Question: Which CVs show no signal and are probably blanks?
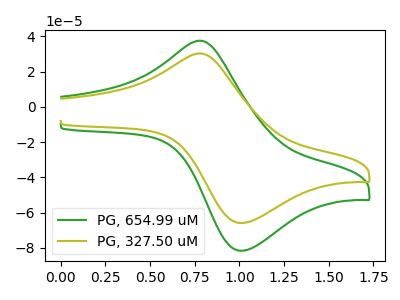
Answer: <think>The green curve "PG, 654.99 uM" has an anodic peak at (0.75V, 37.60uA) and a cathodic peak at (1.00V, -81.65uA). The olive curve "PG, 327.50 uM" has an anodic peak at (0.75V, 30.35uA) and a cathodic peak at (1.00V, -65.95uA).</think>
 <answer>There are not any CV's on this graph that are likely to be blanks.</answer>
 <eval>none</eval>